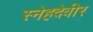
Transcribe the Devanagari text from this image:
स्नेहदेवीर